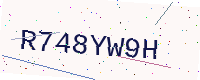
Text: R748YW9H